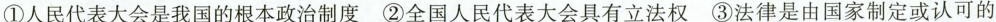
①人民代表大会是我国的根本政治制度 ②全国人民代表大会具有立法权 ③法律是由国家制定或认可的